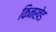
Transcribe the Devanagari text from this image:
किनखेड